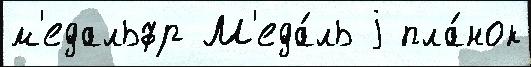
м'едальфр М'еда́ль j пла́нок